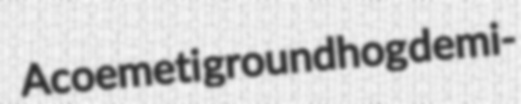
Acoemeti groundhog demi-